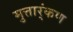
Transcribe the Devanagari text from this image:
मुत्तार्ंकण